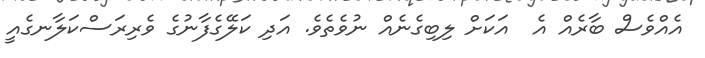
އެއްވެސް ބާރެއް އެ  އަކަށް ލިބިގެނެއް ނުވެތެވެ. އަދި ކަލޭގެފާނުގެ ވެރިރަސްކަލާނގެއީ